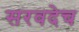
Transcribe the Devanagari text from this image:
सरवदेच